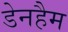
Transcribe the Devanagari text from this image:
डेनहैम